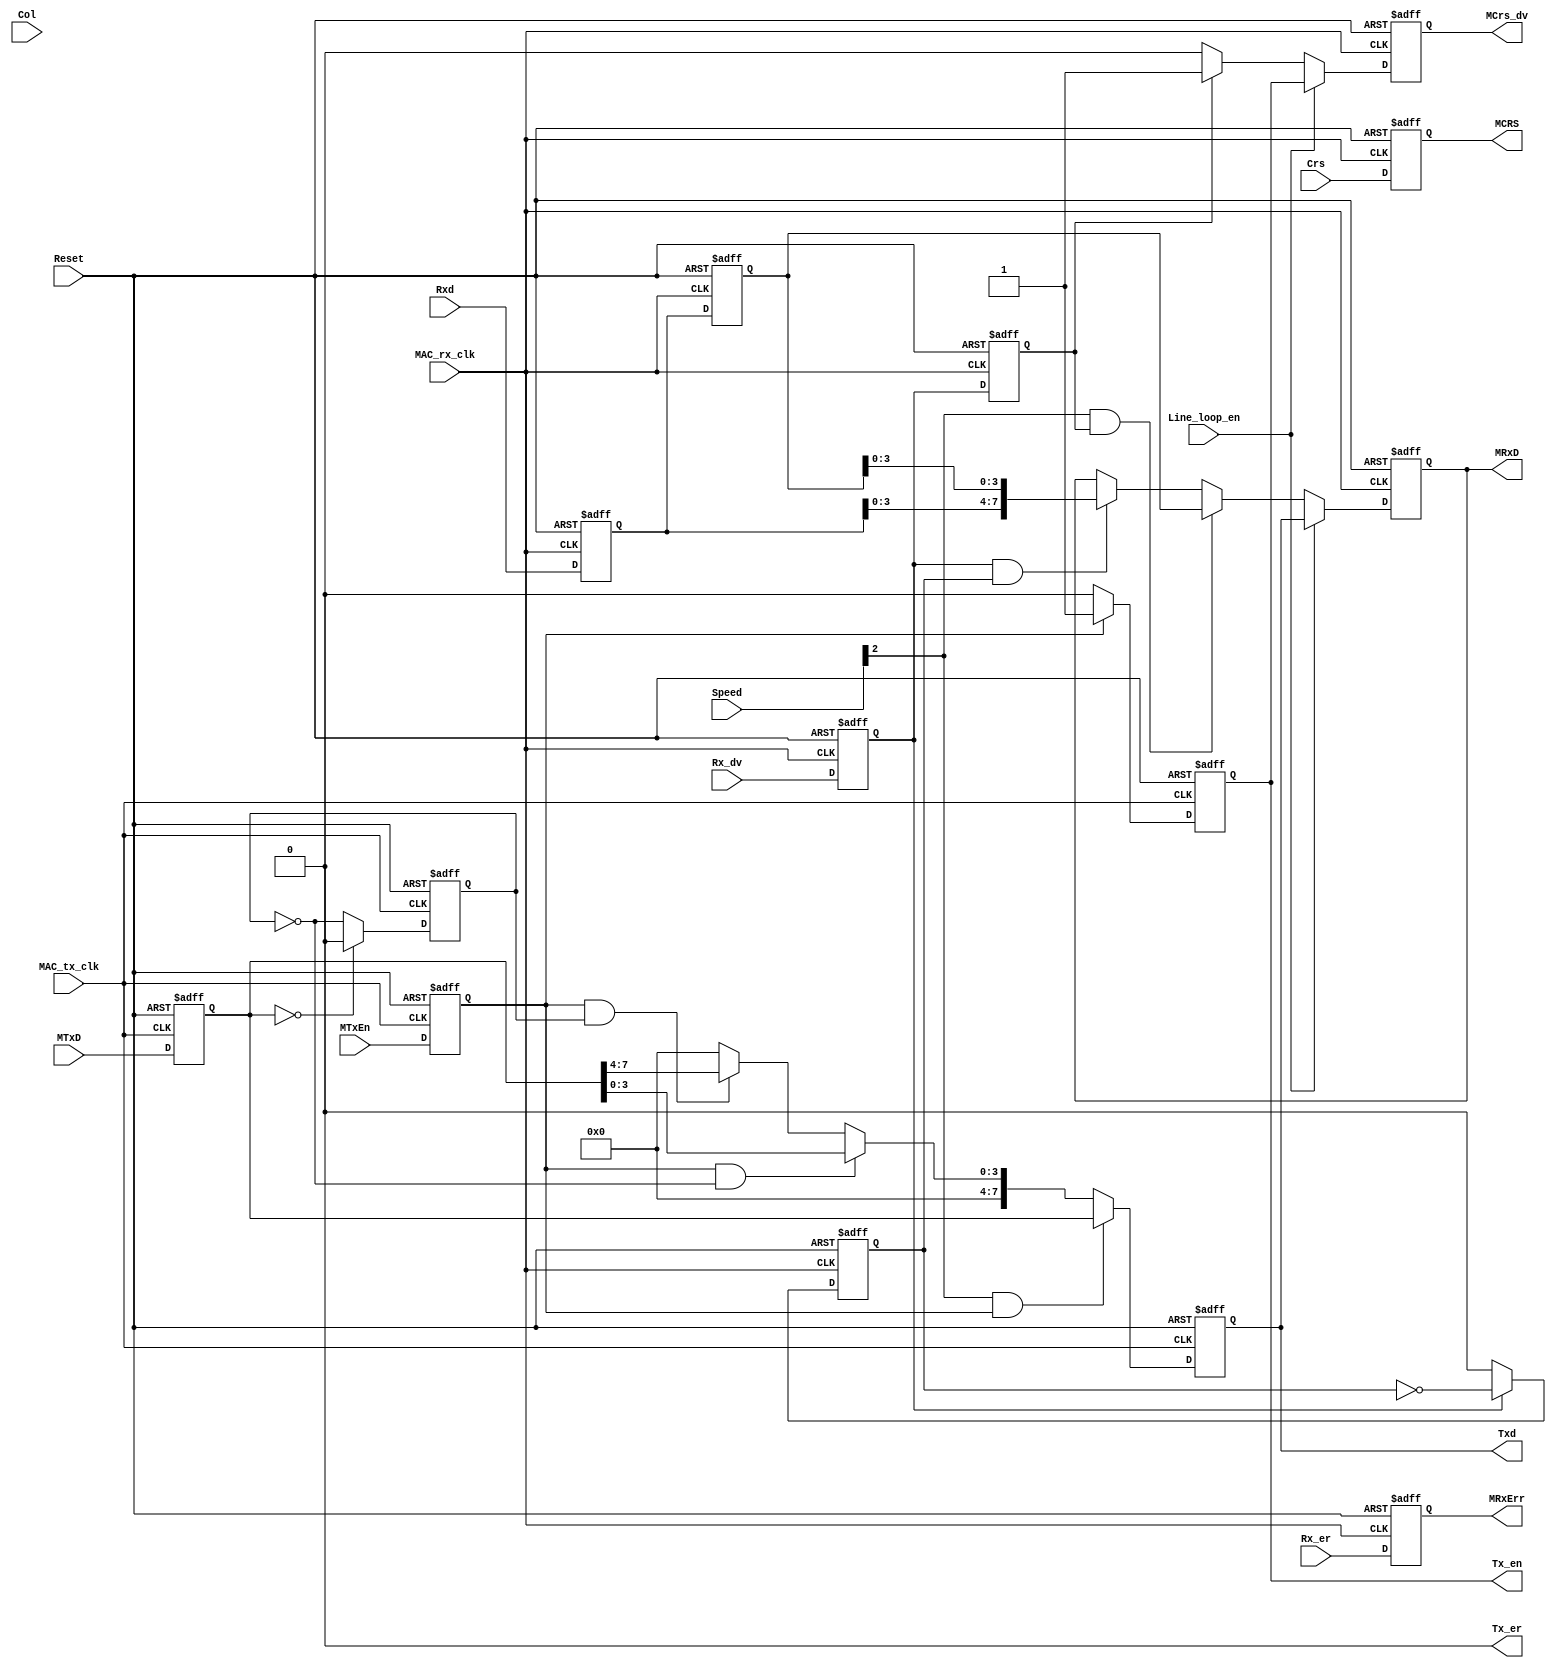
module Phy_int (
Reset               ,
MAC_rx_clk          ,
MAC_tx_clk          ,
//Rx interface      ,
MCrs_dv             ,
MRxD                ,
MRxErr              ,
//Tx interface      ,
MTxD                ,
MTxEn               ,
MCRS                ,
//Phy interface     ,
Tx_er               ,
Tx_en               ,
Txd                 ,
Rx_er               ,
Rx_dv               ,
Rxd                 ,
Crs                 ,
Col                 ,
//host interface    ,
Line_loop_en        ,
Speed               

);
input           Reset               ;
input           MAC_rx_clk          ;
input           MAC_tx_clk          ;
                //Rx interface
output          MCrs_dv             ;       
output  [7:0]   MRxD                ;       
output          MRxErr              ;       
                //Tx interface
input   [7:0]   MTxD                ;
input           MTxEn               ;   
output          MCRS                ;
                //Phy interface
output          Tx_er               ;
output          Tx_en               ;
output  [7:0]   Txd                 ;
input           Rx_er               ;
input           Rx_dv               ;
input   [7:0]   Rxd                 ;
input           Crs                 ;
input           Col                 ;
                //host interface
input           Line_loop_en        ;
input   [2:0]   Speed               ;
//******************************************************************************
//internal signals                                                              
//******************************************************************************
reg     [7:0]   MTxD_dl1            ;
reg             MTxEn_dl1           ;
reg             Tx_odd_data_ptr     ;  
reg             Rx_odd_data_ptr     ;
reg             Tx_en               ;
reg     [7:0]   Txd                 ;
reg             MCrs_dv             ;
reg     [7:0]   MRxD                ;
reg             Rx_er_dl1           ;
reg             Rx_dv_dl1           ;
reg             Rx_dv_dl2           ;
reg     [7:0]   Rxd_dl1             ;
reg     [7:0]   Rxd_dl2             ;
reg             Crs_dl1             ;
reg             Col_dl1             ;
//******************************************************************************
//Tx control                                                              
//******************************************************************************
//reg boundery signals
always @ (posedge MAC_tx_clk or posedge Reset)
    if (Reset)
        begin
        MTxD_dl1            <=0;
        MTxEn_dl1           <=0;
        end  
    else
        begin
        MTxD_dl1            <=MTxD  ;
        MTxEn_dl1           <=MTxEn ;
        end 
     
always @ (posedge MAC_tx_clk or posedge Reset)
    if (Reset)   
        Tx_odd_data_ptr     <=0;
    else if (!MTxD_dl1)
        Tx_odd_data_ptr     <=0;
    else 
        Tx_odd_data_ptr     <=!Tx_odd_data_ptr;
        

always @ (posedge MAC_tx_clk or posedge Reset)
    if (Reset)  
        Txd                 <=0;
    else if(Speed[2]&&MTxEn_dl1)
        Txd                 <=MTxD_dl1;
    else if(MTxEn_dl1&&!Tx_odd_data_ptr)
        Txd                 <={4'b0,MTxD_dl1[3:0]};
    else if(MTxEn_dl1&&Tx_odd_data_ptr)
        Txd                 <={4'b0,MTxD_dl1[7:4]};
    else
        Txd                 <=0;

always @ (posedge MAC_tx_clk or posedge Reset)
    if (Reset)  
        Tx_en               <=0;
    else if(MTxEn_dl1)
        Tx_en               <=1;    
    else
        Tx_en               <=0;

assign Tx_er=0;

//******************************************************************************
//Rx control                                                              
//******************************************************************************
//reg boundery signals
always @ (posedge MAC_rx_clk or posedge Reset)
    if (Reset)  
        begin
        Rx_er_dl1           <=0;
        Rx_dv_dl1           <=0;
        Rx_dv_dl2           <=0 ;
        Rxd_dl1             <=0;
        Rxd_dl2             <=0;
        Crs_dl1             <=0;
        Col_dl1             <=0;
        end
    else
        begin
        Rx_er_dl1           <=Rx_er     ;
        Rx_dv_dl1           <=Rx_dv     ;
        Rx_dv_dl2           <=Rx_dv_dl1 ;
        Rxd_dl1             <=Rxd       ;
        Rxd_dl2             <=Rxd_dl1   ;
        Crs_dl1             <=Crs       ;
        Col_dl1             <=Col       ;
        end     

assign MRxErr   =Rx_er_dl1      ;
assign MCRS     =Crs_dl1        ;

always @ (posedge MAC_rx_clk or posedge Reset)
    if (Reset)  
        MCrs_dv         <=0;
    else if(Line_loop_en)
        MCrs_dv         <=Tx_en;
    else if(Rx_dv_dl2)
        MCrs_dv         <=1;
    else
        MCrs_dv         <=0;

always @ (posedge MAC_rx_clk or posedge Reset)
    if (Reset)   
        Rx_odd_data_ptr     <=0;
    else if (!Rx_dv_dl1)
        Rx_odd_data_ptr     <=0;
    else 
        Rx_odd_data_ptr     <=!Rx_odd_data_ptr;
        
always @ (posedge MAC_rx_clk or posedge Reset)
    if (Reset)  
        MRxD            <=0;
    else if(Line_loop_en)
        MRxD            <=Txd;
    else if(Speed[2]&&Rx_dv_dl2)
        MRxD            <=Rxd_dl2;
    else if(Rx_dv_dl1&&Rx_odd_data_ptr)
        MRxD            <={Rxd_dl1[3:0],Rxd_dl2[3:0]};
    
endmodule